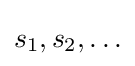
s_{1},s_{2},\ldots